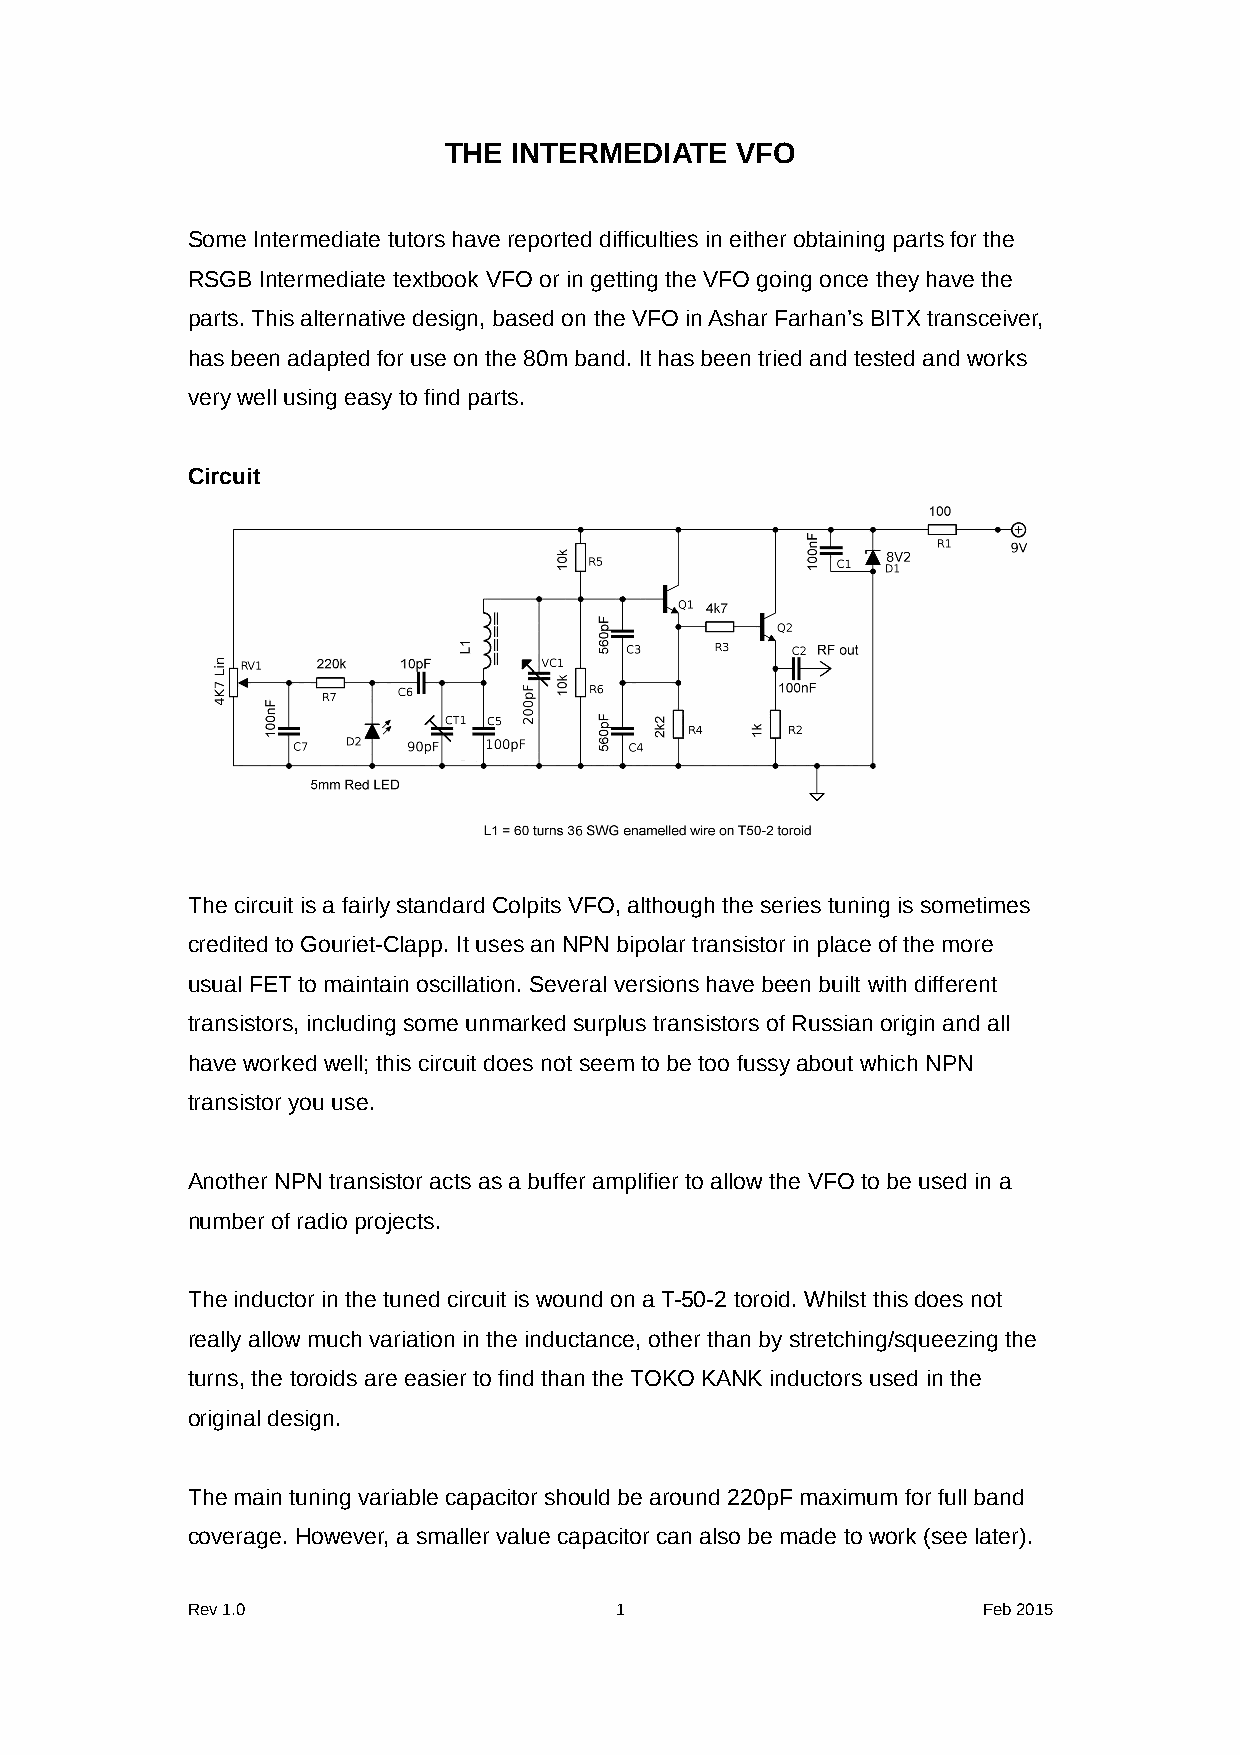
THE  INTERMEDIATE   VFO
 Some Intermediate tutors have reported difficulties in either obtaining parts for the
 RSGB Intermediate textbook VFO or in getting the VFO going once they have the
 parts. This alternative design, based on the VFO in Ashar Farhan’s BITX transceiver,
 has been adapted for use on the 80m band. It has been tried and tested and works
 very well using easy to find parts.
 Circuit
 The circuit is a fairly standard Colpits VFO, although the series tuning is sometimes
 credited to Gouriet-Clapp. It uses an NPN bipolar transistor in place of the more
 usual FET to maintain oscillation. Several versions have been built with different
 transistors, including some unmarked surplus transistors of Russian origin and all
 have worked well; this circuit does not seem to be too fussy about which NPN
 transistor you use.
 Another NPN transistor acts as a buffer amplifier to allow the VFO to be used in a
 number of radio projects.
 The inductor in the tuned circuit is wound on a T-50-2 toroid. Whilst this does not
 really allow much variation in the inductance, other than by stretching/squeezing the
 turns, the toroids are easier to find than the TOKO KANK inductors used in the
 original design.
 The main tuning variable capacitor should be around 220pF maximum for full band
 coverage. However, a smaller value capacitor can also be made to work (see later).
 Rev 1.0                      1                       Feb 2015